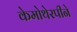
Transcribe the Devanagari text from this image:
केमोथेरपीने